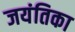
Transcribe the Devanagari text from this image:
जयंतिका